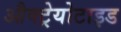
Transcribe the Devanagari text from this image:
औक्ट्रेयोटाइड